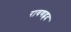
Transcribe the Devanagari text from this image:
रावणह्नद